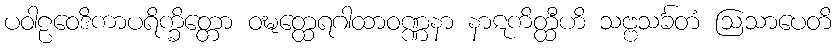
ပဝါဠဝေဒိကာပရိက္ခိတ္တော ဝဍ္ဎတ္ထေရဂါထာဝဏ္ဏနာ နာဋကိတ္ထီဟိ သဗ္ဗသင်္ခတံ ဩသာပေတိ